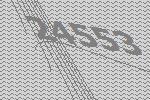
24553